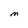
Character: M